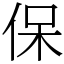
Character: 保